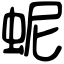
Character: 蚭